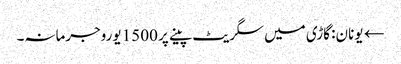
← یونان: گاڑی میں سگریٹ پینے پر 1500 یوروجرمانہ۔